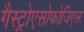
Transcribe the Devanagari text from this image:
गैस्ट्रोएसोफोजिएल